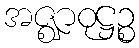
အဇ္ဈာဝုဋ္ဌဉ္စ